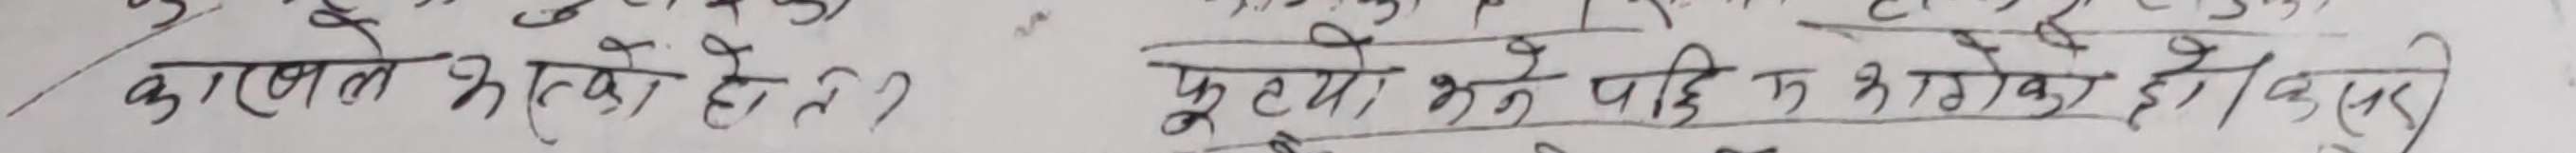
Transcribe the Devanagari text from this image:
कारणले भरिएको छ?
फुट्यो भने पछि त भागेको हो किसिम